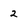
Character: 2